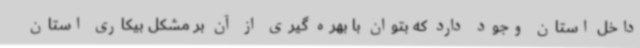
داخل استان وجود دارد که بتوان با بهره گیری از آن بر مشکل بیکاری استان